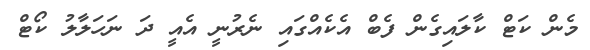
މެން ކަޓް ކާލައިގެން ފެބް އެކެއްގައި ނެރުނީ އެއީ ދަ ނަހަލާލު ކޯޓް